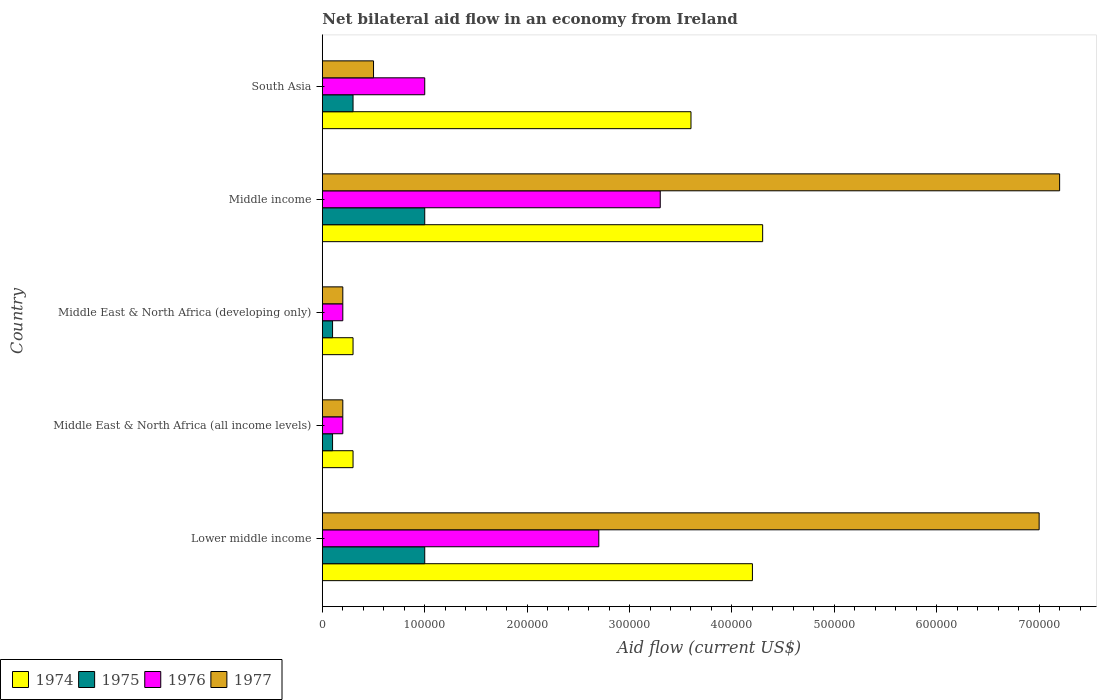
| Country | 1974 | 1975 | 1976 | 1977 |
 | --- | --- | --- | --- | --- |
 | Lower middle income | 4.2e+05 | 1e+05 | 2.7e+05 | 7e+05 |
 | Middle East & North Africa (all income levels) | 3e+04 | 1e+04 | 2e+04 | 2e+04 |
 | Middle East & North Africa (developing only) | 3e+04 | 1e+04 | 2e+04 | 2e+04 |
 | Middle income | 4.3e+05 | 1e+05 | 3.3e+05 | 7.2e+05 |
 | South Asia | 3.6e+05 | 3e+04 | 1e+05 | 5e+04 |